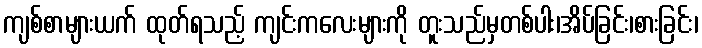
ကျစ်စာများယက် ထုတ်ရသည့် ကျင်းကလေးများကို တူးသည်မှတစ်ပါး၊အိပ်ခြင်း၊စားခြင်း၊